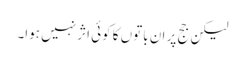
لیکن جج پر ان باتوں کا کوئی اثر نہیں ہوا۔